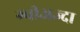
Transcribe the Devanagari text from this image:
ग्वीअज्दा